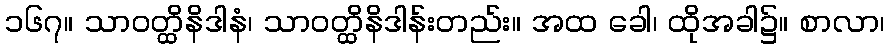
၁၆၇။ သာဝတ္ထိနိဒါနံ၊ သာဝတ္ထိနိဒါန်းတည်း။ အထ ခေါ၊ ထိုအခါ၌။ စာလာ၊